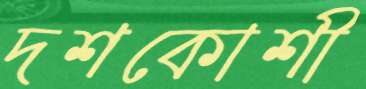
দশকোশী